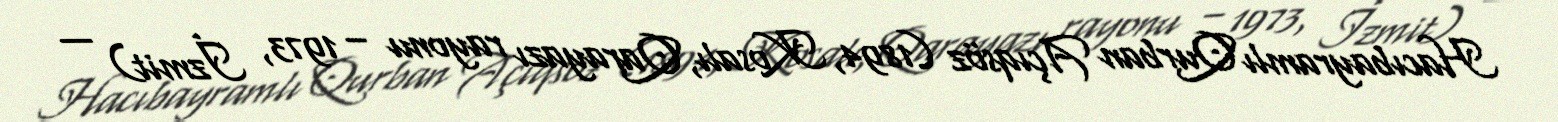
Hacıbayramlı Qurban Açıqsöz (1894, Kosalı, Qarayazı rayonu – 1973, İzmit) —